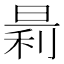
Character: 𪰬